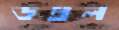
ডম্বল